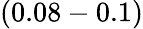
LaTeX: (0.08-0.1)